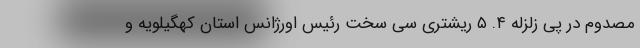
مصدوم در پی زلزله ۴. ۵ ریشتری سی سخت رئیس اورژانس استان کهگیلویه و